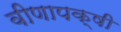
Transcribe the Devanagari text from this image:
वीणापक्षी